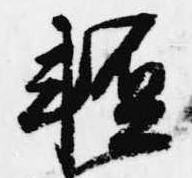
軽